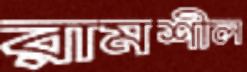
রামশীল